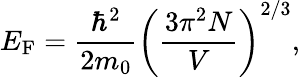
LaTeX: E_{\mathrm{F}}={\frac{\hbar^{2}}{2m_{0}}}\left({\frac{3\pi^{2}N}{V}}\right)^{2/3},